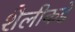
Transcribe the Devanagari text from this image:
शैलीकडे